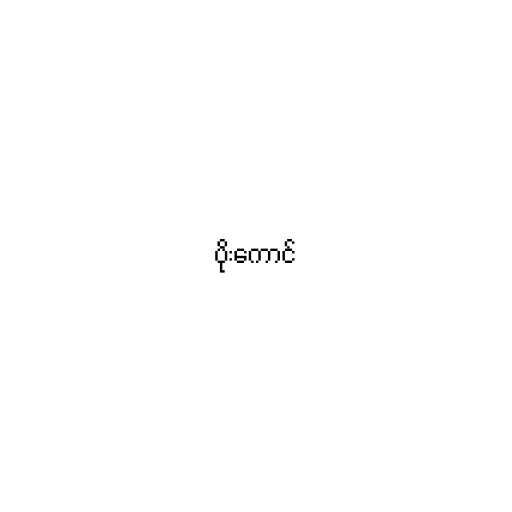
ပိုးကောင်